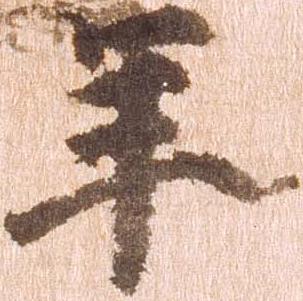
年